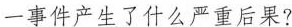
一事件产生了什么严重后果?